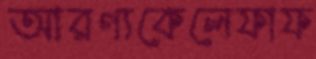
আরণ্যকেলেফাফ